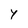
Character: y